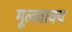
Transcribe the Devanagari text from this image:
मूलवाक्य